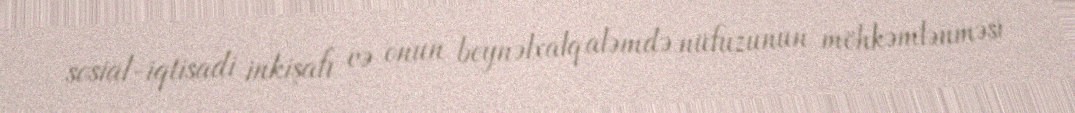
sosial-iqtisadi inkişafı və onun beynəlxalq aləmdə nüfuzunun möhkəmlənməsi